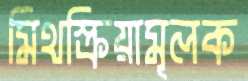
মিথস্ক্রিয়ামূলক